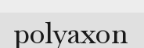
polyaxon